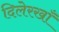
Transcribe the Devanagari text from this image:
दिलेरखाँ